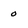
Character: 0